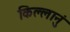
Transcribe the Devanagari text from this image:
किल्लानुं